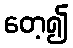
တေ့၍